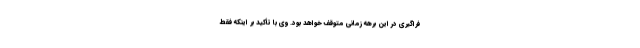
فراگیری در این برهه زمانی متوقف خواهد بود. وی با تأکید بر اینکه فقط